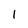
Character: l